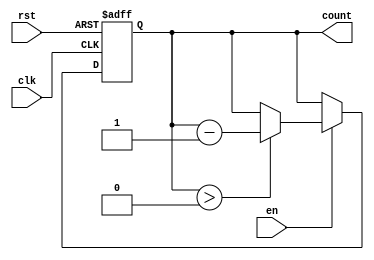
module MemoryBlocksDownCounter (
    input wire clk,       // Clock signal
    input wire rst,       // Asynchronous reset signal
    input wire en,        // Enable signal to decrement the counter
    output reg [N-1:0] count // Current count value
);

    parameter N = 8;            // Width of the counter (number of bits)
    parameter MAX_COUNT = 255;  // Maximum value of the counter (2^N - 1 for N bits)

    // Initial value of the counter
    initial begin
        count = MAX_COUNT; // Set the counter to maximum value initially
    end

    always @(posedge clk or posedge rst) begin
        if (rst) begin
            count <= MAX_COUNT; // Reset to maximum value
        end else if (en) begin
            if (count > 0) begin
                count <= count - 1; // Decrement the counter
            end
        end
        // If enable is low, the counter retains its current value
    end

endmodule